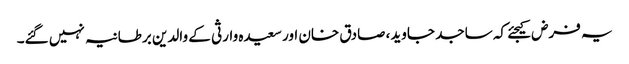
یہ فرض کیجئے کہ ساجد جاوید، صادق خان اور سعیدہ وارثی کے والدین برطانیہ نہیں گئے۔